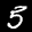
Label: 5